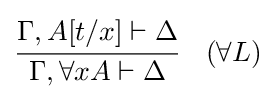
{\cfrac {\Gamma ,A[t/x]\vdash \Delta }{\Gamma ,\forall xA\vdash \Delta }}\quad ({\forall }L)